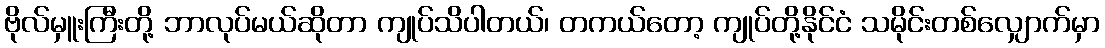
ဗိုလ်မှူးကြီးတို့ ဘာလုပ်မယ်ဆိုတာ ကျုပ်သိပါတယ်၊ တကယ်တော့ ကျုပ်တို့နိုင်ငံ သမိုင်းတစ်လျှောက်မှာ